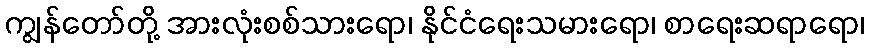
ကျွန်တော်တို့ အားလုံးစစ်သားရော၊ နိုင်ငံရေးသမားရော၊ စာရေးဆရာရော၊